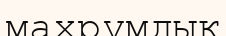
махрұмдық